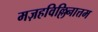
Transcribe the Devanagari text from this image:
मज़हविल्लिनात्तम